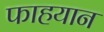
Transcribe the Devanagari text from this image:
फाहयान